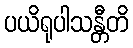
ပယိရုပါသန္တီတိ